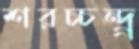
শরচ্চন্দ্র্র